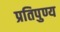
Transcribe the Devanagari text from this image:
प्रतिपुण्य